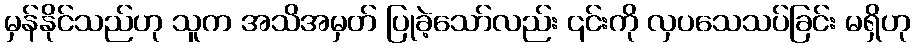
မှန်နိုင်သည်ဟု သူက အသိအမှတ် ပြုခဲ့သော်လည်း ၎င်းကို လှပသေသပ်ခြင်း မရှိဟု